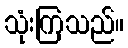
သုံးကြသည်။